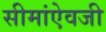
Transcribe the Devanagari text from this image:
सीमांऐवजी